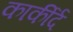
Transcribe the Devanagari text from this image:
कार्कीर्द